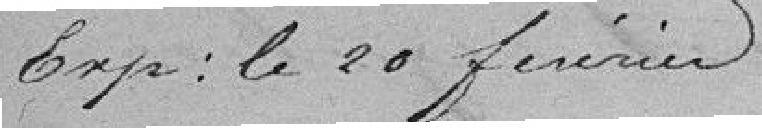
Exp : le 20 février.